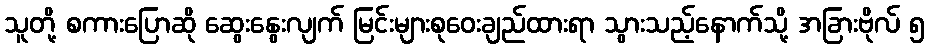
သူတို့ စကားပြောဆို ဆွေးနွေးလျက် မြင်းများစုဝေးချည်ထားရာ သွားသည့်နောက်သို့ အခြားဗိုလ် ၅